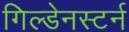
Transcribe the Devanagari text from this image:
गिल्डेनस्टर्न